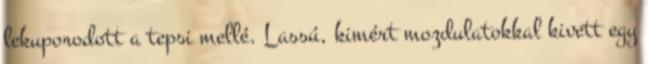
lekuporodott a tepsi mellé. Lassú, kimért mozdulatokkal kivett egy